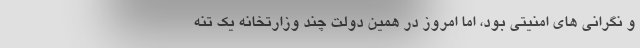
و نگرانی های امنیتی بود، اما امروز در همین دولت چند وزارتخانه یک تنه